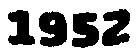
1952